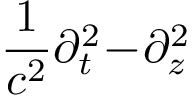
\frac 1 { c ^ { 2 } } \partial _ { t } ^ { 2 } \! - \! \partial _ { z } ^ { 2 }